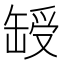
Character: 𦈽